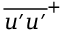
\overline { { u ^ { \prime } u ^ { \prime } } } ^ { + }